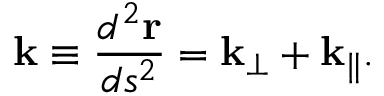
{ \bf k } \equiv \frac { d ^ { 2 } { \bf r } } { d s ^ { 2 } } = { \bf k } _ { \bot } + { \bf k } _ { \| } .